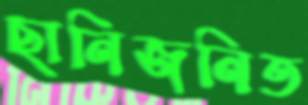
ছানিজনিত